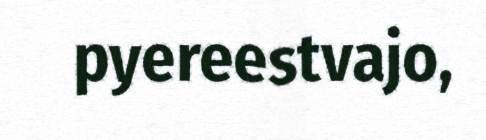
pyereestvajo,